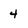
Character: 4